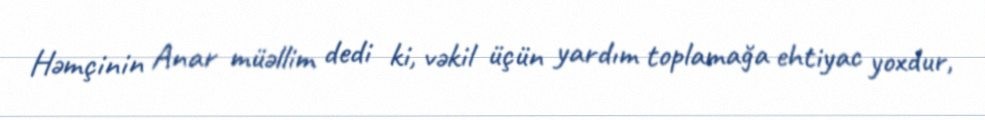
Həmçinin Anar müəllim dedi ki, vəkil üçün yardım toplamağa ehtiyac yoxdur,